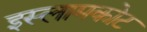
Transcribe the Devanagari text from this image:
इस्लामकोट